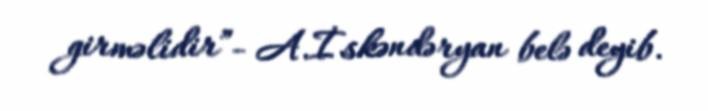
girməlidir”- A.İskəndəryan belə deyib.